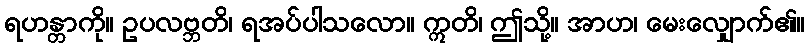
ရဟန္တာကို။ ဥပလဗ္ဘတိ၊ ရအပ်ပါသလော။ ဣတိ၊ ဤသို့။ အာဟ၊ မေးလျှောက်၏။